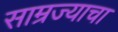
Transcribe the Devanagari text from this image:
साम्रज्याचा